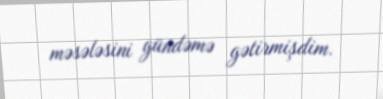
məsələsini gündəmə gətirmişdim.